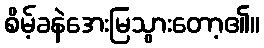
စိမ့်ခနဲအေးမြသွားတော့၏။